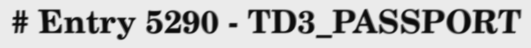
# Entry 5290 - TD3_PASSPORT